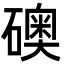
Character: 礇